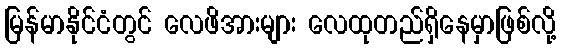
မြန်မာနိုင်ငံတွင် လေဖိအားများ လေထုတည်ရှိနေမှာဖြစ်လို့